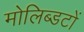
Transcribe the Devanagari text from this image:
मोलिब्डटों